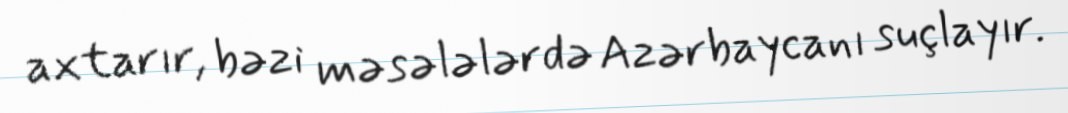
axtarır, bəzi məsələlərdə Azərbaycanı suçlayır.